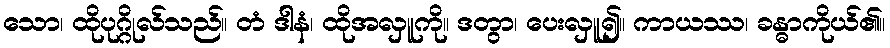
သော၊ ထိုပုဂ္ဂိုလ်သည်။ တံ ဒါနံ၊ ထိုအလှူကို။ ဒတွာ၊ ပေးလှူ၍။ ကာယဿ၊ ခန္ဓာကိုယ်၏။